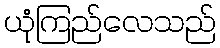
ယုံကြည်လေသည်